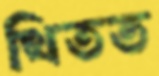
থিতত